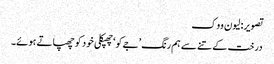
تصویر: لیون ووک
درخت کے تنے سے ہم رنگ ’جےکو‘ چھپکلی خود کو چھپاتے ہوئے۔